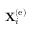
{ \bf X } _ { i } ^ { \left( \mathrm { e } \right) }